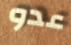
عدو